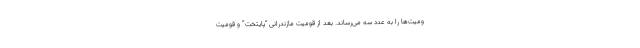
ومیت‌ها را به عدد سه می‌رساند. بعد از قومیت مازندرانی “پایتخت” و قومیت